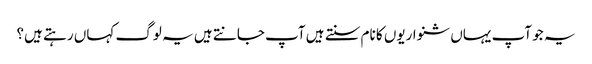
یہ جو آپ یہاں شنواریوں کا نام سنتے ہیں آپ جانتے ہیں یہ لوگ کہاں رہتے ہیں؟